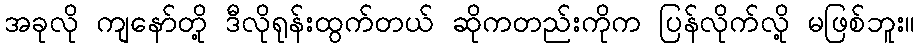
အခုလို ကျနော်တို့ ဒီလိုရုန်းထွက်တယ် ဆိုကတည်းကိုက ပြန်လိုက်လို့ မဖြစ်ဘူး။